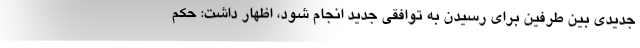
جدیدی بین طرفین برای رسیدن به توافقی جدید انجام شود، اظهار داشت: حکم